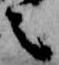
之